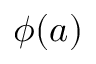
\phi ( a )